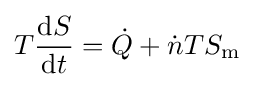
T{\frac {\mathrm {d} S}{\mathrm {d} t}}={\dot {Q}}+{\dot {n}}TS_{\text{m}}